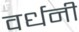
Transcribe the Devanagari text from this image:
वर्धनी